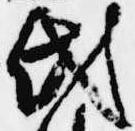
氏